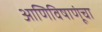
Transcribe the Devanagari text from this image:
आणिविषाणूंचा